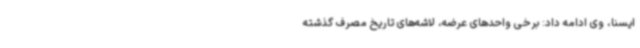
ایسنا، وی ادامه داد: برخی واحدهای عرضه، لاشه‌های تاریخ مصرف گذشته